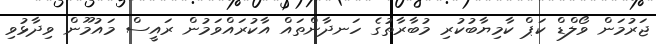
ޖަރުމަން ވޯލްޑް ކަޕް ކާމިޔާބުކުރި މުބާރާތުގެ ހަނދާންތައް އާކުރައްވަމުން ރައީސް މައުމޫން ވިދާޅުވި